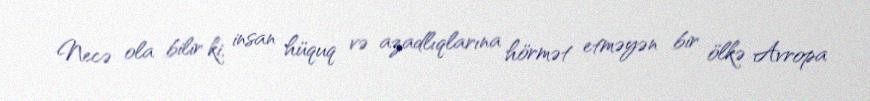
Necə ola bilir ki, insan hüquq və azadlıqlarına hörmət etməyən bir ölkə Avropa